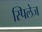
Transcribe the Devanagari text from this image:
स्पिलेज